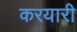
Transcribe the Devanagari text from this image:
करयारी